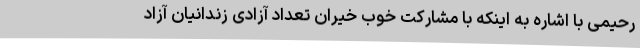
رحیمی با اشاره به اینکه با مشارکت خوب خیران تعداد آزادی زندانیان آزاد